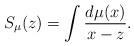
LaTeX: \begin{align*}S_\mu(z)= \int \frac{d\mu(x)}{x - z}.\end{align*}